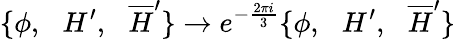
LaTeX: \{ \phi,\, \, \, \, H^{\prime},\, \, \, \, \overline{{{H}}}^{\prime}\} \rightarrow e^{-\frac{2\pi i}{3}}\{ \phi,\, \, \, \, H^{\prime},\, \, \, \, \overline{{{H}}}^{\prime}\}